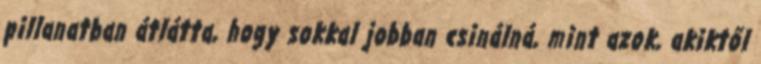
pillanatban átlátta, hogy sokkal jobban csinálná, mint azok, akiktől